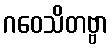
ဂဝေသိတဗ္ဗာ